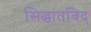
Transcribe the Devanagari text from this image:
सिद्धांतविद्